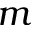
m